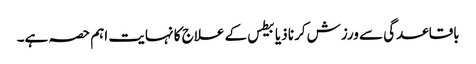
باقاعدگی سے ورزش کرنا ذیابیطس کے علاج کا نہایت اہم حصہ ہے۔